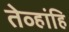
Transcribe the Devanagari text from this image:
तेव्हांहि